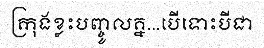
ក្រុងខ្លះបញ្ចូលគ្ន...បើទោះបីជា